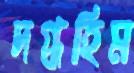
দগ্ধহিম